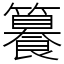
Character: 籑